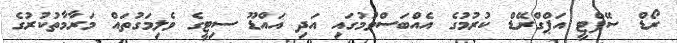
ރޯޑް ސޭފްޓީ އަޕްގްރޭޑް ކުރުމުގެ އެއްބަސްވުމުގައި އަދި އައްޑޫ ސިޓީގެ ވެލިމަގުތައް މަރާމާތުކުރުގެ